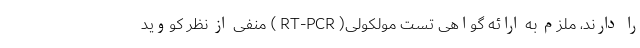
را دارند، ملزم به ارائه گواهی تست مولکولی( RT-PCR ) منفی از نظر کووید